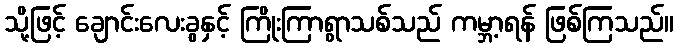
သို့ဖြင့် ချောင်းလေးခွနှင့် ကြိုးကြာရွာသစ်သည် ကမ္ဘာ့ရန် ဖြစ်ကြသည်။